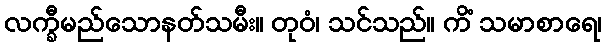
လက္ခီမည်သောနတ်သမီး။ တုဝံ၊ သင်သည်။ ကိံ သမာစာရေ၊